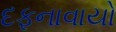
દફનાવાયો